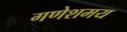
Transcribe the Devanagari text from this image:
गणेशमय